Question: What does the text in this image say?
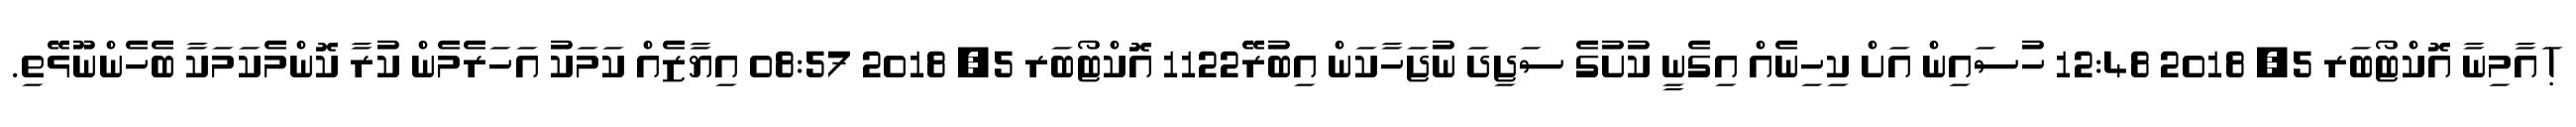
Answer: ! ައާމިނާ އޮކްޓޯބަރ 5, 2018 12:48 ހުސައިން އަށް ކިހިނެއް އިގެނީ ކުށުގެ ސަޖިދަ ނުޖަހާކަން އިބުރޭ1122 އޮކްޓޯބަރ 5, 2018 08:57 އިޔާޒެއް ކަމަކު އަހަރެމެން ކުރާ ކޮންމެކަމަކާ ބެހެންނޫޅޭތި.